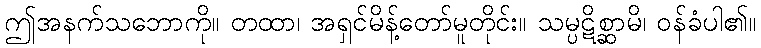
ဤအနက်သဘောကို။ တထာ၊ အရှင်မိန့်တော်မူတိုင်း။ သမ္ပဋိစ္ဆာမိ၊ ဝန်ခံပါ၏။